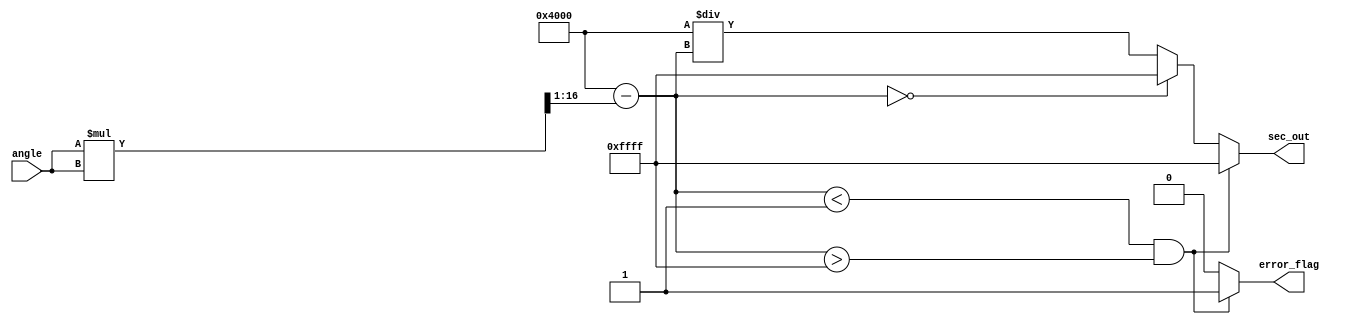
module secant_function (
    input wire [15:0] angle, // Input angle in fixed-point representation (e.g., 16 bits)
    output reg [15:0] sec_out, // Output secant value in fixed-point representation
    output reg error_flag // Error flag for undefined secant values
);

    // Internal signals
    wire [15:0] cos_out; // Output of cosine calculation
    wire [15:0] reciprocal; // Reciprocal of cosine
    reg [15:0] cos_approx; // Cosine approximation
    reg [15:0] temp_sec; // Temporary secant value

    // Cosine approximation using Taylor series (for small angles)
    function [15:0] cosine;
        input [15:0] x; // Input angle
        reg [31:0] x_squared;
        begin
            x_squared = x * x; // x^2
            cosine = 16'h4000 - (x_squared >> 1); // cos(x)  1 - x^2/2
            // Further terms can be added for better accuracy
        end
    endfunction

    // Reciprocal calculation
    function [15:0] reciprocal_func;
        input [15:0] value; // Input value to compute reciprocal
        begin
            if (value == 16'h0000) begin
                reciprocal_func = 16'hFFFF; // Return max value for undefined ()
            end else begin
                reciprocal_func = 16'h4000 / value; // Simple reciprocal calculation
            end
        end
    endfunction

    // Main logic
    always @(*) begin
        // Calculate cosine
        cos_approx = cosine(angle);
        
        // Check for special case where cos(x) is near zero
        if (cos_approx < 16'h0001 && cos_approx > 16'hFFFF) begin
            error_flag = 1'b1; // Set error flag for undefined secant
            sec_out = 16'hFFFF; // Output max value for undefined ()
        end else begin
            error_flag = 1'b0; // Clear error flag
            temp_sec = reciprocal_func(cos_approx); // Calculate secant
            sec_out = temp_sec; // Assign to output
        end
    end

endmodule